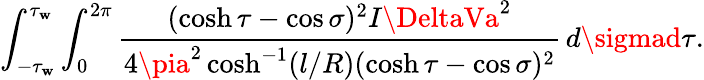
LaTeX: \int_{-\tau_{\mathbf{w}}}^{\tau_{\mathbf{w}}}\int_{0}^{2\pi}\frac{{(\cosh\tau-\cos\sigma)^{2}I\DeltaVa^{2}}}{{4\pia^{2}\cosh^{-1}(l/R)(\cosh\tau-\cos\sigma)^{2}}}\, d\sigmad\tau.